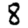
Digit: 8